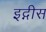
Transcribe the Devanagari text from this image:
इद्गीस